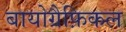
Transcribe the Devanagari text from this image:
बायोग्रैफ़िकल